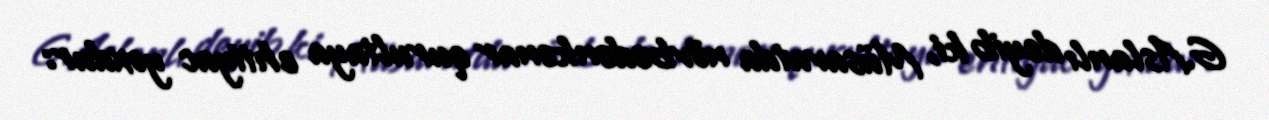
G.Aslanlı deyib ki, Müsavatda növbədənkənar qurultaya ehtiyac yoxdur: